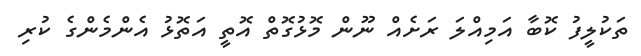
ތަކުލީފު ކޮބާ އަމިއްލަ ރަށެއް ނޫން މޮޅުގޮތް އޮތީ އަތޮޅު އެންމެންގެ ކުރި